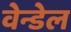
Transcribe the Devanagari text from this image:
वेन्डेल